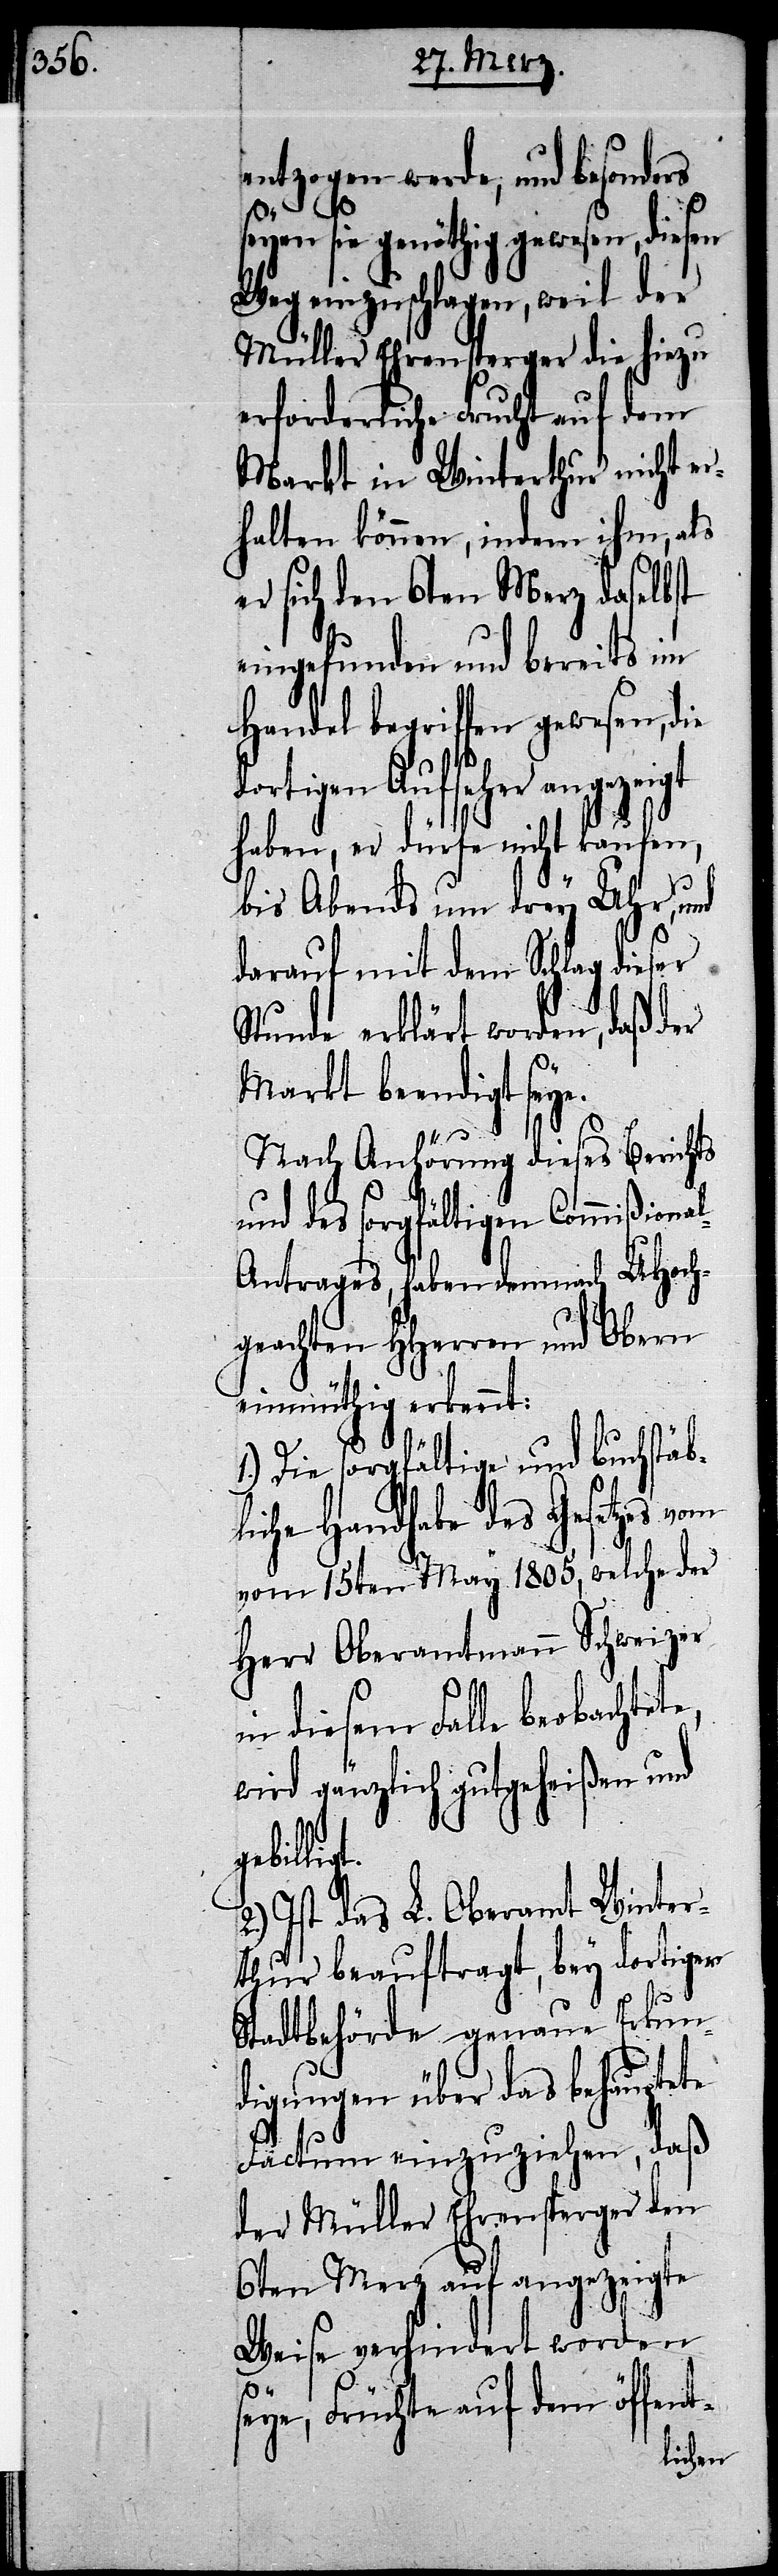
entzogen werde, und besonders
gt.
seyen sie genöthig[t] gewesen,
Weg einzuschlagen, weil der
Müller Ehrensperger die hiezu
erforderliche Frucht auf dem
Markt in Winterthur nicht er¬
halten können, indem ihm, als
er sich den 6ten Merz daselbst
eingefunden und bereits im
Handel begriffen gewesen, die
ortigen Aufseher angezeigt
haben, er dürfe nicht kaufen,
bis Abends um drey Uhr, und
darauf mit dem Schlag dieser
Stunde erklärt worden, daß der
Markt beendigt seye.
Nach Anhörung dieses Berichts
und des sorgfältigen Commißiona¬
l-Antrages, haben demnach UHoch¬
geachten HHerren und Obern
einmüthig erkennt:
Die sorgfältige und buchstäb¬
liche Handhabe des Gesetzes vom
15ten May 1805, welche der
Herr Oberamtmann Schweizer
in diesem Falle beobachtet¬
wird gänzlich gutgeheißen und
gebilli¬
2.) Ist das L. Oberamt Winter¬
thur beauftragt, bey dortiger
e,
Stadtbehörde genaue Erkun¬
digungen über das behauptete
Factum einzuziehen, daß
der Müller Ehrensperger den
6ten Merz auf angezeigte
Weise verhindert worden
seye, Früchte auf dem öffent-